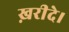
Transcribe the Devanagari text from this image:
ख़रीदे।